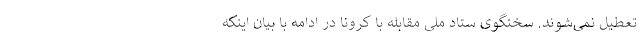
تعطیل نمی‌شوند. سخنگوی ستاد ملی مقابله با کرونا در ادامه با بیان اینکه